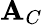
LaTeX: \mathbf{A}_{C}